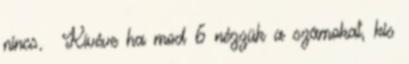
nincs. Kivéve ha mod 6 nézzük a számokat, kis